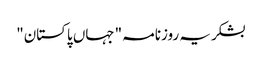
بشکریہ روزنامہ "جہاں پاکستان"